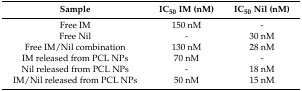
<table><thead><tr><td><b>Sample</b></td><td><b>IC<sub>50</sub> IM (nM)</b></td><td><b>IC<sub>50</sub> Nil (nM)</b></td></tr></thead><tbody><tr><td>Free IM</td><td>150 nM</td><td>-</td></tr><tr><td>Free Nil</td><td>-</td><td>30 nM</td></tr><tr><td>Free IM/Nil combination</td><td>130 nM</td><td>28 nM</td></tr><tr><td>IM released from PCL NPs</td><td>70 nM</td><td>-</td></tr><tr><td>Nil released from PCL NPs</td><td>-</td><td>18 nM</td></tr><tr><td>IM/Nil released from PCL NPs</td><td>50 nM</td><td>15 nM</td></tr></tbody></table>